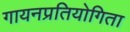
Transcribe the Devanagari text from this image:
गायनप्रतियोगिता